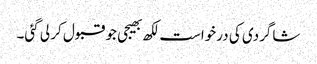
شاگردی کی درخواست لکھ بھیجی جو قبول کر لی گئی۔